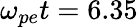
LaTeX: \omega_{pe}t=6.35